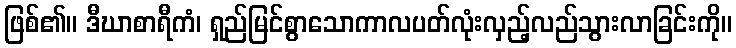
ဖြစ်၏။ ဒီဃာစာရီကံ၊ ရှည်မြင်စွာသောကာလပတ်လုံးလှည့်လည်သွားလာခြင်းကို။